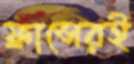
ফ্রান্সেরই